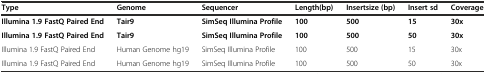
<table><thead><tr><td><b>Type</b></td><td><b>Genome</b></td><td><b>Sequencer</b></td><td><b>Length(bp)</b></td><td><b>Insertsize (bp)</b></td><td><b>Insert sd</b></td><td><b>Coverage</b></td></tr></thead><tbody><tr><td><b>Illumina 1.9 FastQ Paired End</b></td><td><b>Tair9</b></td><td><b>SimSeq Illumina Profile</b></td><td><b>100</b></td><td><b>500</b></td><td><b>15</b></td><td><b>30x</b></td></tr><tr><td><b>Illumina 1.9 FastQ Paired End</b></td><td><b>Tair9</b></td><td><b>SimSeq Illumina Profile</b></td><td><b>100</b></td><td><b>500</b></td><td><b>50</b></td><td><b>30x</b></td></tr><tr><td>Illumina 1.9 FastQ Paired End</td><td>Human Genome hg19</td><td>SimSeq Illumina Profile</td><td>100</td><td>500</td><td>15</td><td>30x</td></tr><tr><td>Illumina 1.9 FastQ Paired End</td><td>Human Genome hg19</td><td>SimSeq Illumina Profile</td><td>100</td><td>500</td><td>50</td><td>30x</td></tr></tbody></table>